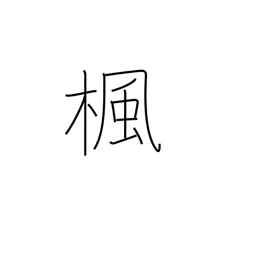
Meaning: maple